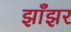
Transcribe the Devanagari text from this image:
झाँझर